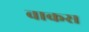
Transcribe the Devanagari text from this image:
वाकस